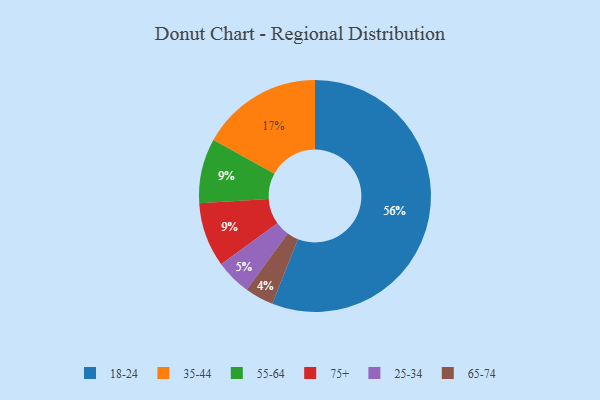
{"axis": {"x": "Category", "y": "Percentage"}, "legend": ["18-24", "25-34", "35-44", "55-64", "65-74", "75+"], "data": [{"x": "65-74", "y": 4, "type": "65-74"}, {"x": "18-24", "y": 56, "type": "18-24"}, {"x": "55-64", "y": 9, "type": "55-64"}, {"x": "35-44", "y": 17, "type": "35-44"}, {"x": "25-34", "y": 5, "type": "25-34"}, {"x": "75+", "y": 9, "type": "75+"}]}